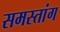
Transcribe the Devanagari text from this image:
समस्तांग